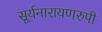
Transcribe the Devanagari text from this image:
सूर्यनारायणरुपी